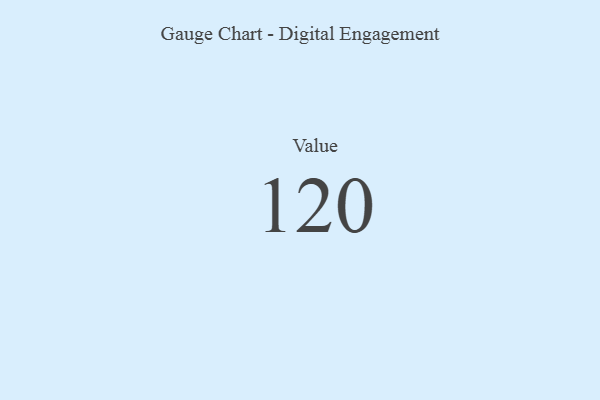
{"axis": {"x": "Metric", "y": "Value"}, "legend": [""], "data": [{"x": "Value", "y": 120, "type": ""}]}